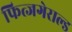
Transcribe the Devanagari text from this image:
फित्जगेराल्ड